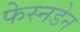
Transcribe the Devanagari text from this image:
फेस्नडेन